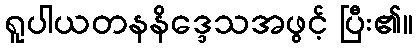
ရူပါယတနနိဒ္ဒေသအဖွင့် ပြီး၏။